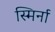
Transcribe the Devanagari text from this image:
स्मिर्ना